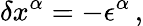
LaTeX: \delta x^{\alpha}=-\epsilon^{\alpha}\, ,